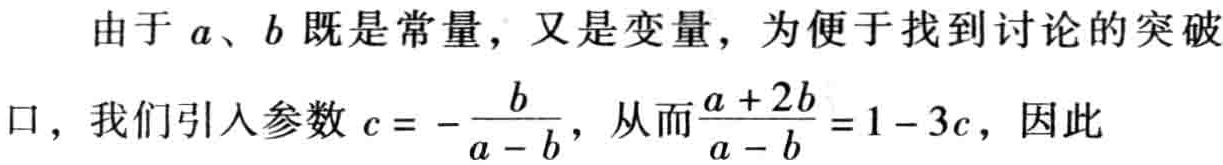
由于 \(a\)、\(b\) 既是常量，又是变量，为便于找到讨论的突破口，我们引入参数 \(c = -\frac{b}{a - b}\)，从而\(\frac{a + 2b}{a - b} = 1 - 3c\)，因此